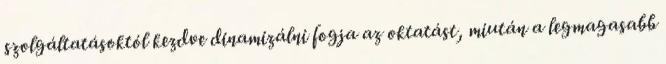
szolgáltatásoktól kezdve dinamizálni fogja az oktatást, miután a legmagasabb